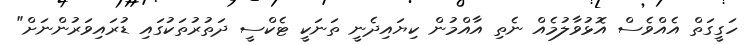
ހަގީގަތް އެއްވެސް އޮޅުވާލުމެއް ނެތި އާއްމުން ކިޔައިދެނީ ތަނަކީ ޓެކްސީ ދަތުރުތަކުގައި ޑުރައިވަރުންނަށް"